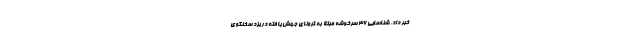
خبر داد. شناسایی۳۶ سرخوشه مبتلا به کرونای جهش یافته در یزد سخنگوی